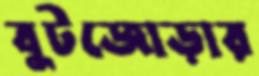
বুটজোড়ার